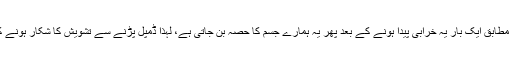
طبی ماہرین کے مطابق ایک بار یہ خرابی پیدا ہونے کے بعد پھر یہ ہمارے جسم کا حصہ بن جاتی ہے، لہٰذا ڈمپل پڑنے سے تشویش کا شکار ہونے کی ضروت نہیں۔